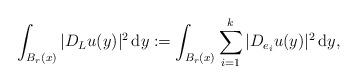
LaTeX: \begin{align*}\int_{B_{r}(x)} |D_{L}u(y)|^{2} \, \mathrm{d}y := \int_{B_{r}(x)} \sum_{i=1}^{k} |D_{e_i}u(y)|^{2} \, \mathrm{d}y,\end{align*}